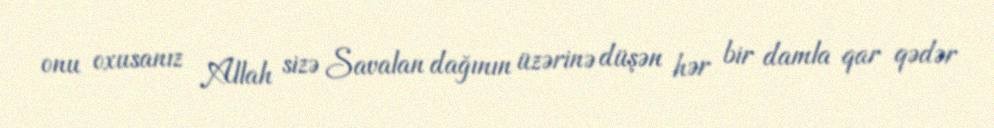
onu oxusanız Allah sizə Savalan dağının üzərinə düşən hər bir damla qar qədər